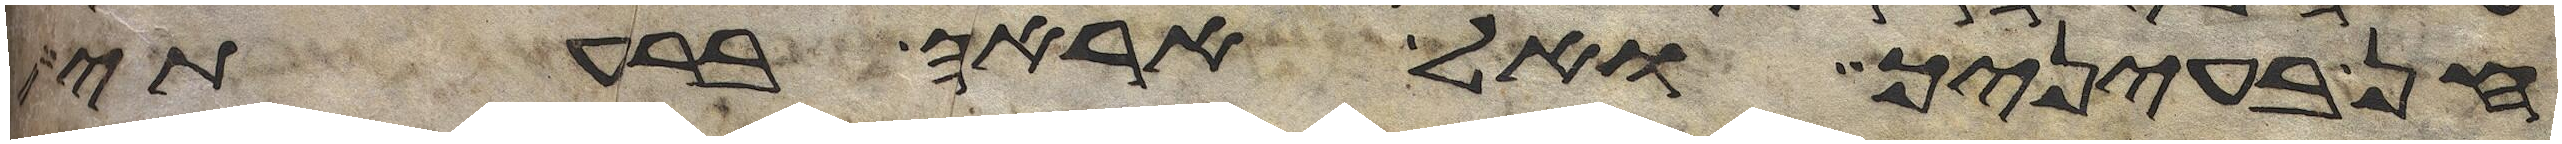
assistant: חן בעיניך ואל אראה ברעתי